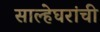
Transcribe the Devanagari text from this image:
साल्हेघरांची